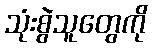
သုံးစွဲသူတွေကို